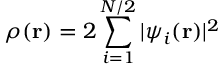
\rho ( \mathbf r ) = 2 \sum _ { i = 1 } ^ { N / 2 } | \psi _ { i } ( \mathbf r ) | ^ { 2 }